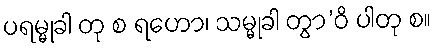
ပရမ္မုခါ တု စ ရဟော၊ သမ္မုခါ တွာ’ဝိ ပါတု စ။